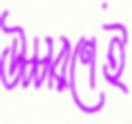
উচ্চারণেই